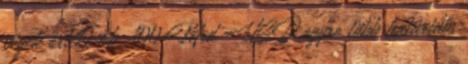
cégek értéke kb. 100 Mrd USD egyre több határidős